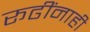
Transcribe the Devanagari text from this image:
रूढींनाही